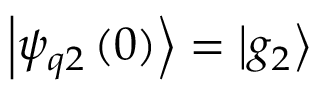
\left| \psi _ { q 2 } \left( 0 \right) \right\rangle = \left| g _ { 2 } \right\rangle